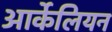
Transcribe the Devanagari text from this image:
आर्केलियन